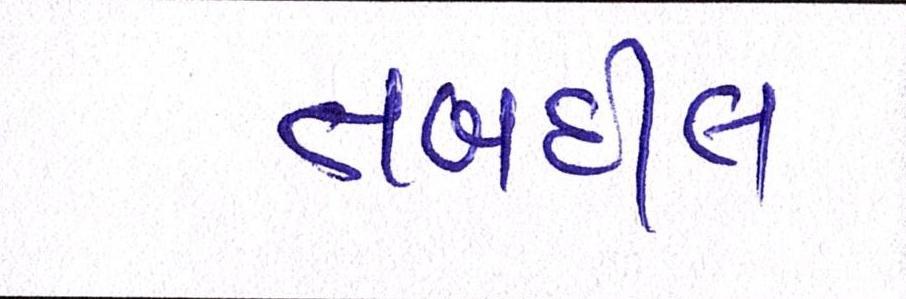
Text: તબદીલ